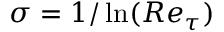
\sigma = 1 / \ln ( R e _ { \tau } )